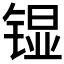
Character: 𮸗